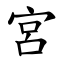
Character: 宮